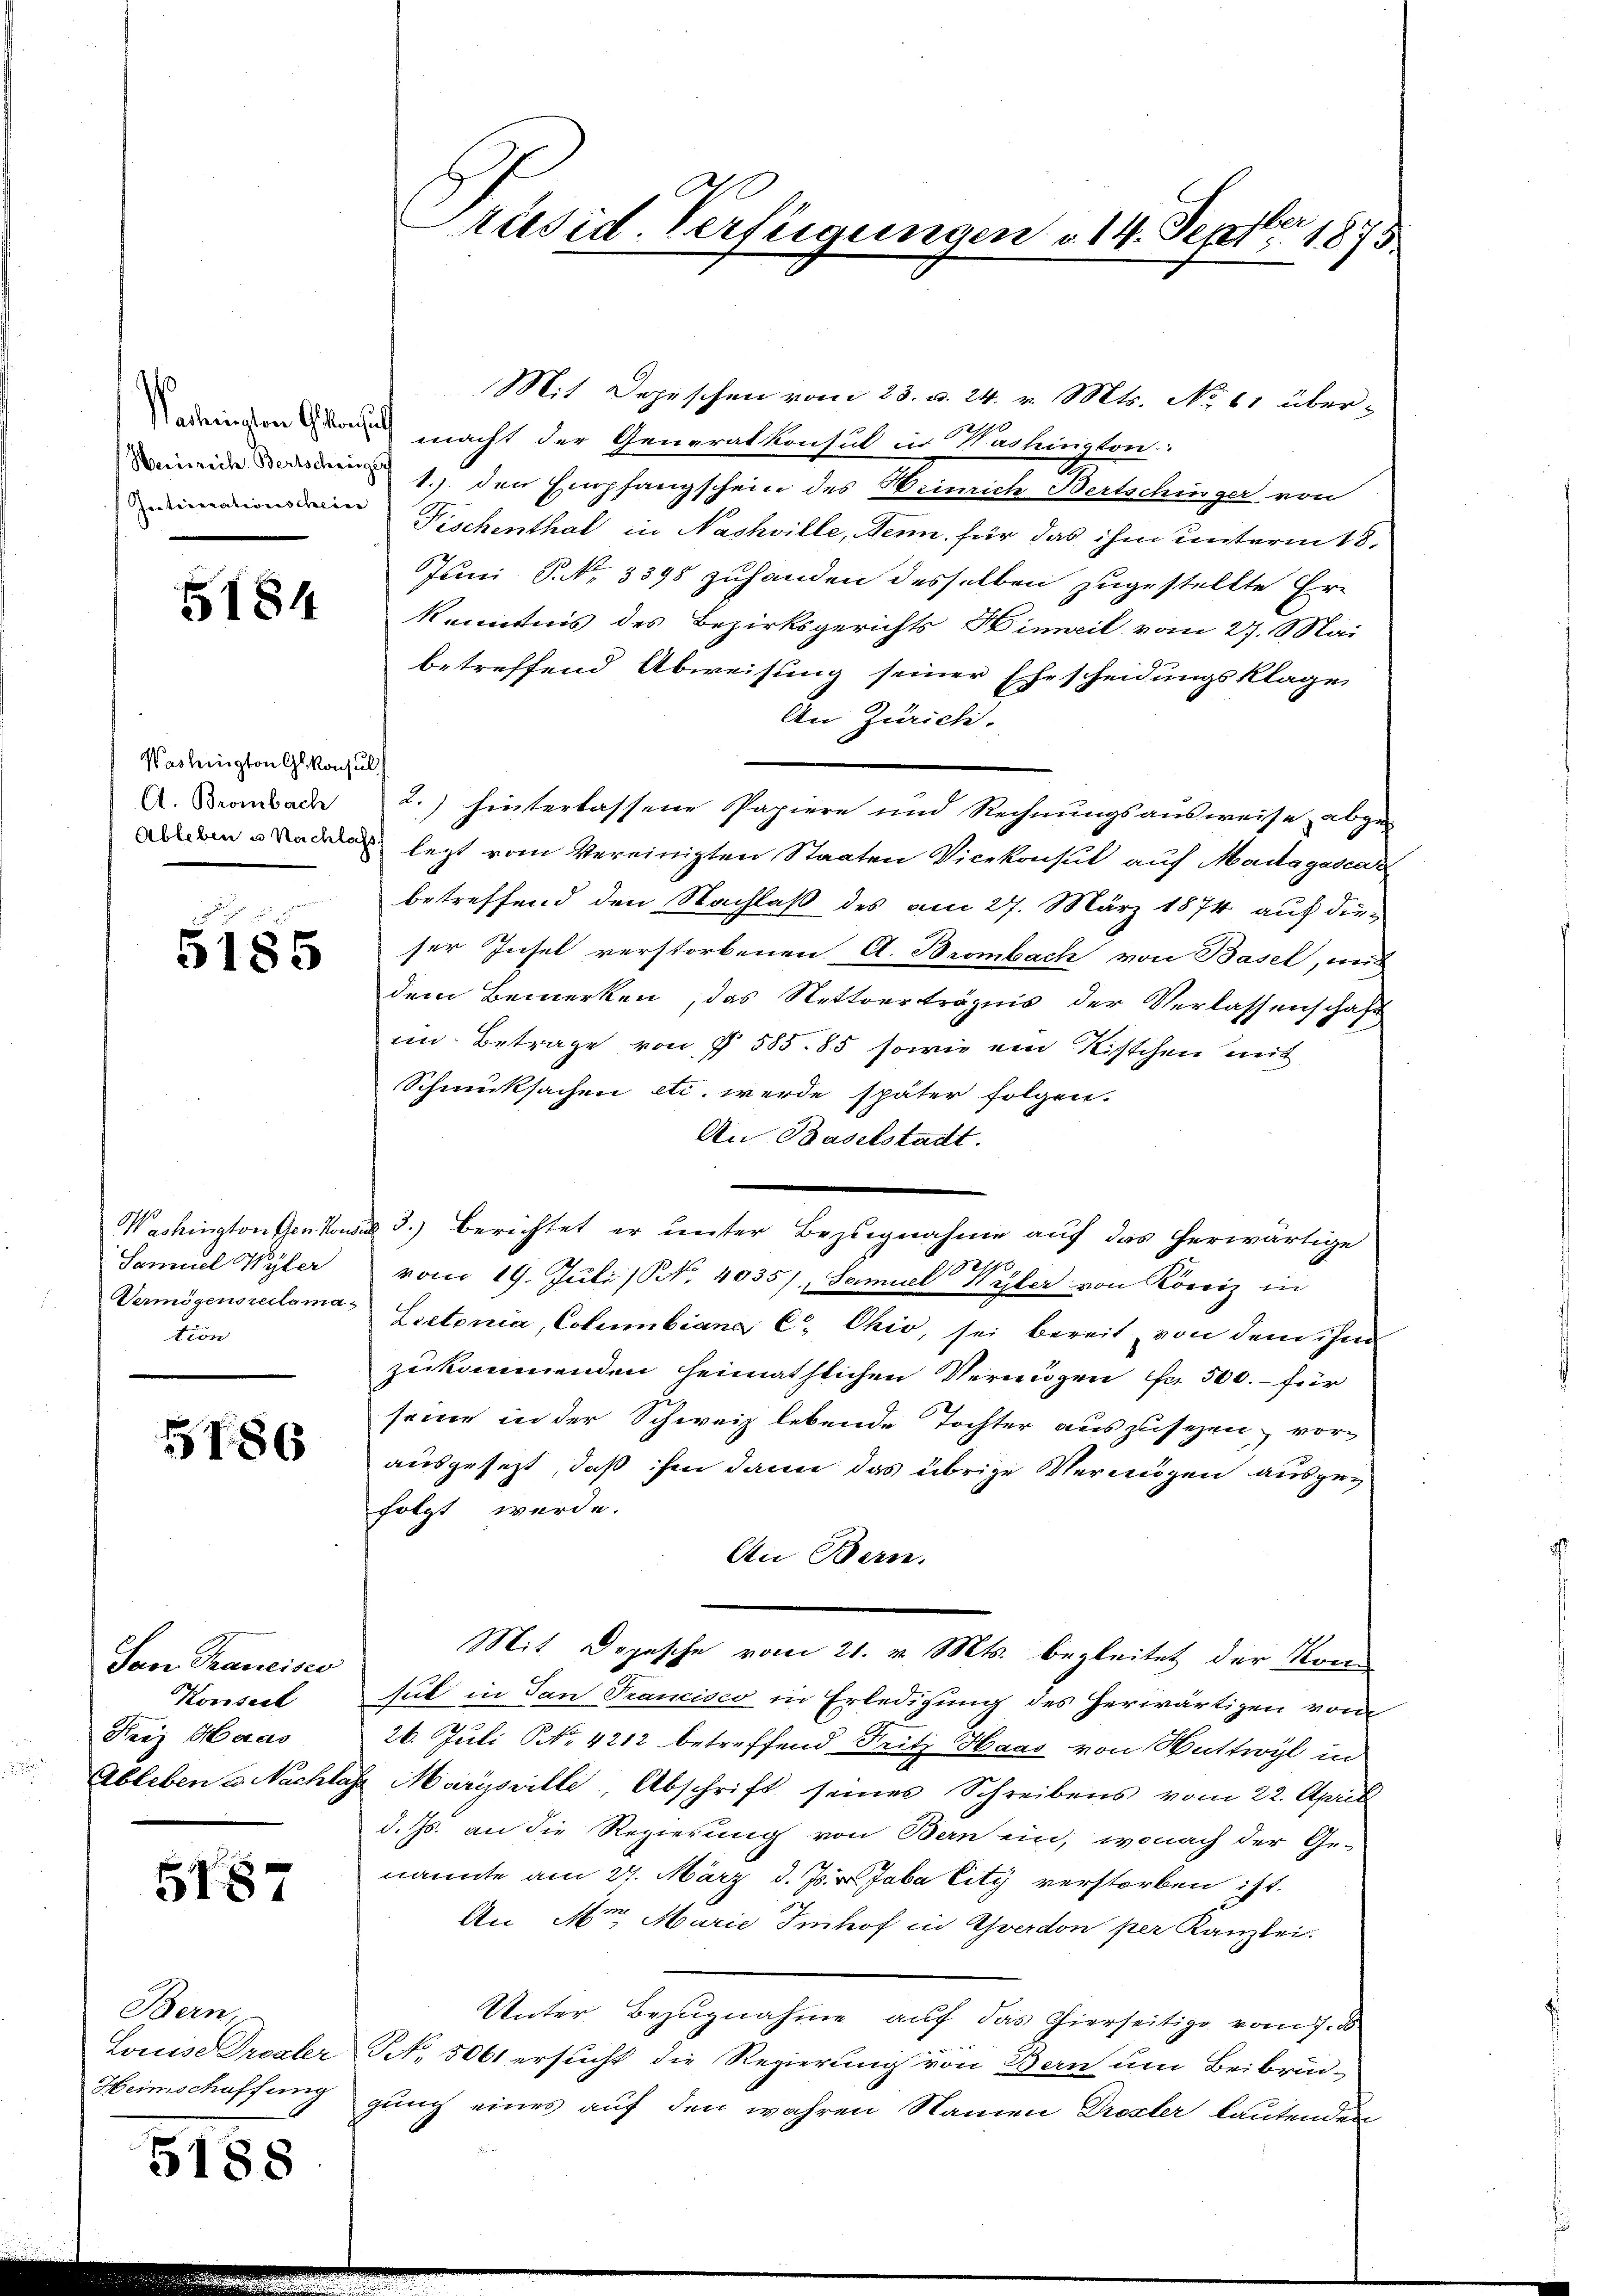
¬
Zeetistrationscheine

5184

Washington Glkonsul
A. Brombach

5185

Washington Gen. Von
Samuel Wyler
Vermögensreclama
tion

186

Jan. Trancisco
Konseil
Frey Maas

5187

Bern,
Louise Droaler

5188

Präsid. Verfügungen u. 14. Septbr 1875

Mit Depeschen vom 23. d. 24. v. Mts. No 61 überadeinen ou macht der Generalkonsul in Washington:
Den 1. den Empfangschein des Heinrich Bertschinger von
Fischenthal in Nashville, denn für das ihm unterm 18.
Juni, P. Nr. 3398 zuhanden desselben zugestellte Er-
Kenntnis des Bezirksgerichts Hinweil vom 27. Mai
betreffend Abweisung seiner Ehescheidungsklage
An Zürich.
2.) hinterlassene Papiere und Rechnungsausweise abge-
ned letzt vom Vereinigten Staaten Vicekonsul auf Madagasar
betreffend den Nachlaß des am 27. März 1874 auf dieser Insel verstorbenen A. Brombach von Basel, und
dem Bemerken, das Nettverträgnis der Verlassenschaft
im Betrage von § 585. 85 sowie von Kistchen mit
Schmucksachen etc. werde später folgen.
An Baselstadt.
ad 3.) Berichtet er unter Bezugnahme auf das herwärtige
vom 19. Juli / No. 4035), Samuel Wyler von Roviz in
Lectonia, Columbiana C. Chio, sei bereit, von dem ihm
zukommenden heimathlichen Vermögen fr. 500.- für
seine in der Schweiz lebende Tochter auszusehen vor-
ausgesetzt, daß ihm dann das übrige Vermögen ausgeg
folgt werde.
An Bern.
Mit Dojesche vom 21. v. Mts. begleitet der Kre
sul in San Trancisco in Erledigung des herwärtigen vom
26. Juli NNo. 4212 betreffend Fritz Haas von Wattwyl in
Ableben u. Nachlass Marysville, Abschrift seines Schreibens vom 22. April
d. Js. an die Regierung von Bern ein, wonach der Ge-
nannte am 27. März d. Js. v. Jaba City verstorben ist.
An Mor. Marie Imhof in Yverdon per Kanzlei.
Unter Bezugnahme auf das hierseitige vom 7. ds
NNo. 5061 ersucht die Regierung von Bern um Beibruc-
Heimschaffung gung eines auf den wahren Namen Drester lautenden
e